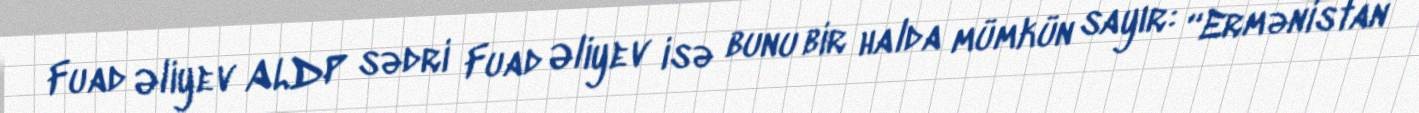
Fuad Əliyev ALDP sədri Fuad Əliyev isə bunu bir halda mümkün sayır: “Ermənistan